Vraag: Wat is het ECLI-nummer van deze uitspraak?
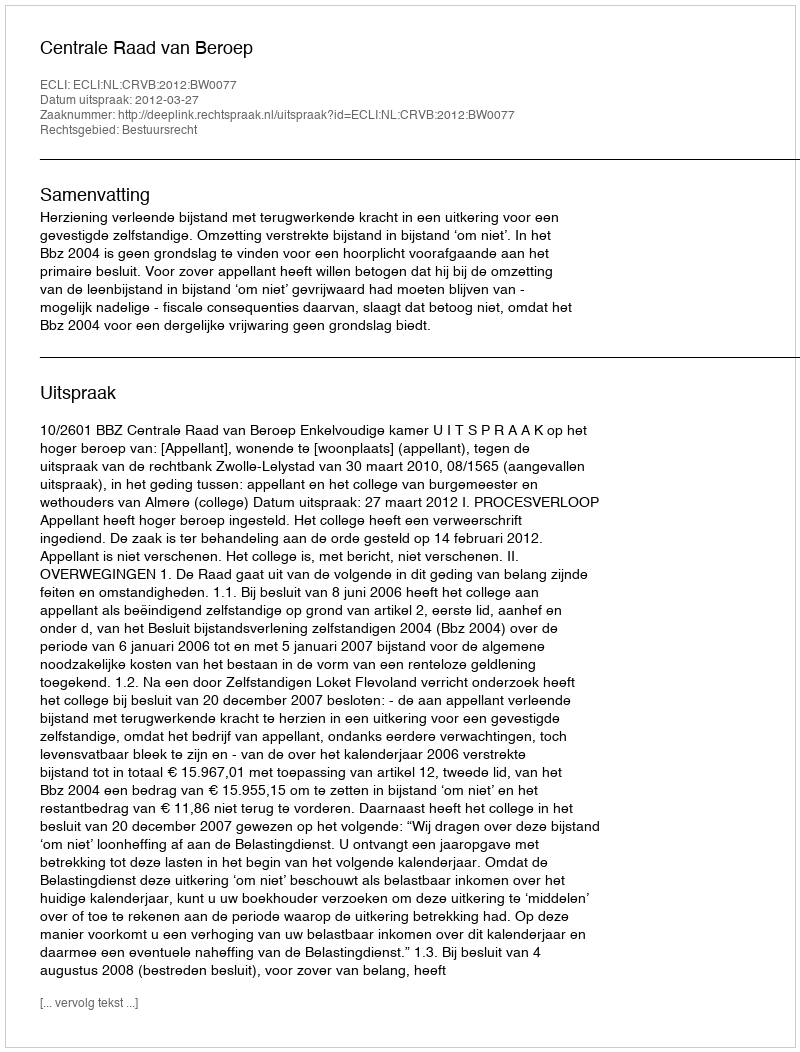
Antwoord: ECLI:NL:CRVB:2012:BW0077